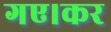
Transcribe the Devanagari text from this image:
गए।कर